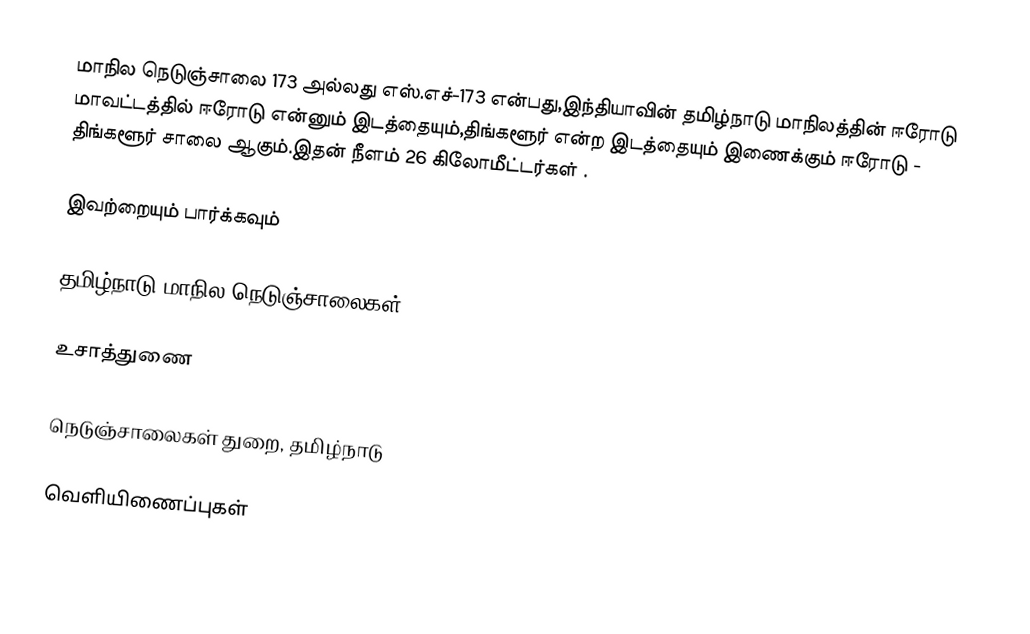
மாநில நெடுஞ்சாலை 173 அல்லது எஸ்.எச்-173  என்பது,இந்தியாவின் தமிழ்நாடு மாநிலத்தின்  ஈரோடு மாவட்டத்தில்  ஈரோடு  என்னும் இடத்தையும்,திங்களூர்  என்ற இடத்தையும் இணைக்கும் ஈரோடு - திங்களூர் சாலை ஆகும்.இதன் நீளம் 26  கிலோமீட்டர்கள் .

இவற்றையும் பார்க்கவும்

 தமிழ்நாடு மாநில நெடுஞ்சாலைகள்

உசாத்துணை

 நெடுஞ்சாலைகள் துறை, தமிழ்நாடு

வெளியிணைப்புகள்